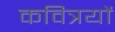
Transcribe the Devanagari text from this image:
कवित्रयों